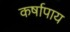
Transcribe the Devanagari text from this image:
कर्षापाय